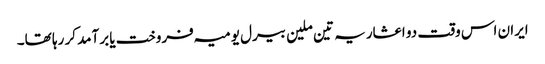
ایران اس وقت دو اعشاریہ تین ملین بیرل یومیہ فروخت یا برآمد کر رہا تھا۔